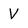
Character: V